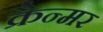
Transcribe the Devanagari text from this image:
क्रैन्मर